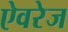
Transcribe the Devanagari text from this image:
ऐवरेज